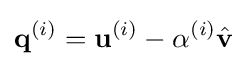
{\mathbf {q}}^{(i)}={\mathbf {u}}^{(i)}-\alpha ^{(i)}{\hat {\mathbf {v}}}